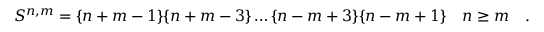
S ^ { n , m } = \{ n + m - 1 \} \{ n + m - 3 \} \dots \{ n - m + 3 \} \{ n - m + 1 \} \quad n \geq m \quad .